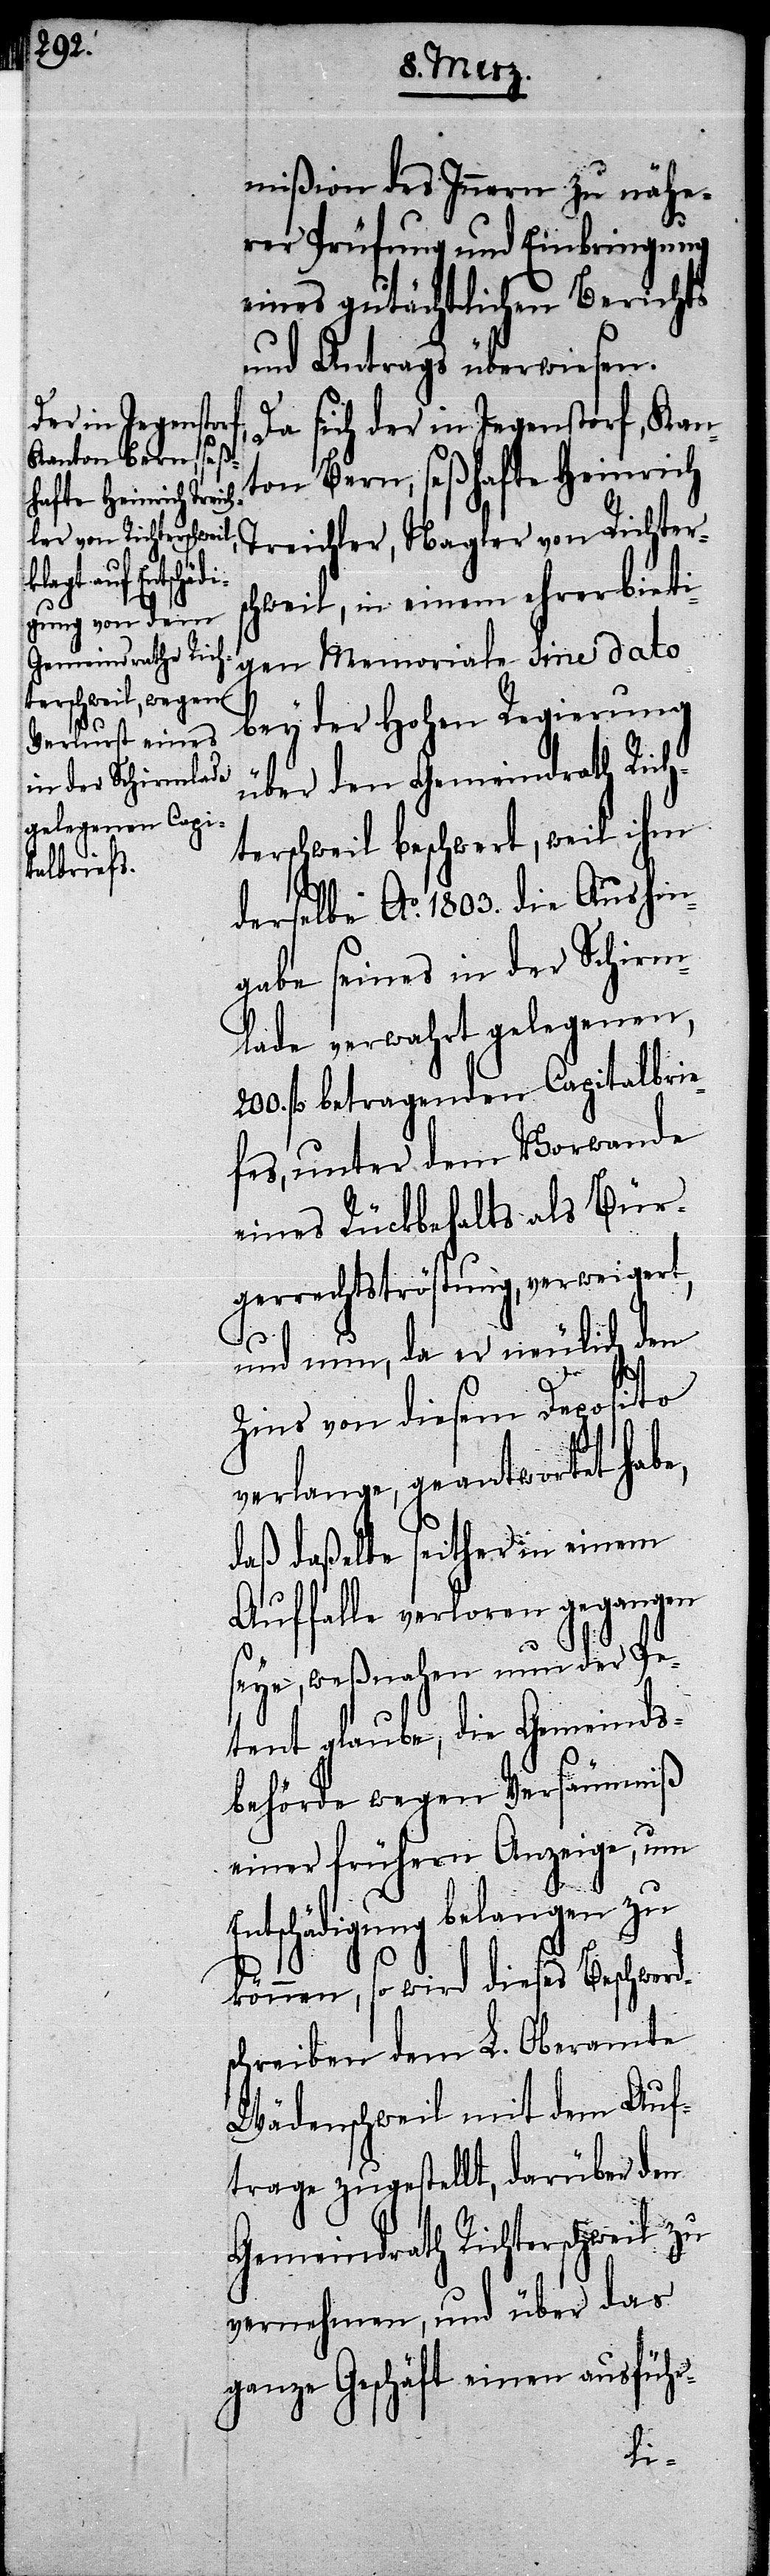
mißion des Innern zu nähe¬
rer Prüfung und Einbringung
eines gutächtlichen Berichts
und Antrags überwiesen.
Da sich der in Jegenstorf, Kan¬
ton Bern, seßhafte Heinrich
Treichler, Nagler von Richter¬
schweil, in einem ehrerbieti¬
gen Memoriale Sine dato
bey der Hohen Regierung
über den Gemeindrath Rich¬
terschweil beschwert, weil ihm
derselbe Ao. 1803. die Aushin¬
gabe seines in der Schirm¬
lade verwahrt gelegenen,
200. fl. betragenden Capitalbrie¬
fes, unter dem Vorwande
eines Rückbehalts als Bür¬
gerrechtströstung, verweigert,
und nun, da er neulich den
Zins von diesem Deposito
verlange, geantwortet habe,
daß daßelbe seither in einem
Auffalle verloren gegangen
seye, weßnahen nun der Pe¬
tent glaube, die Gemeinds¬
behörde wegen Versäumniß
einer frühern Anzeige, um
ntschädigung belangen zu
können, so wird dieses Beschwerd¬
schreiben dem L. Oberamte
Wädenschweil mit dem Auf¬
trage zugestellt, darüber den
Gemeindrath Richterschweil zu
vernehmen, und über das
ganze Geschäft einen ausführ-
E¬